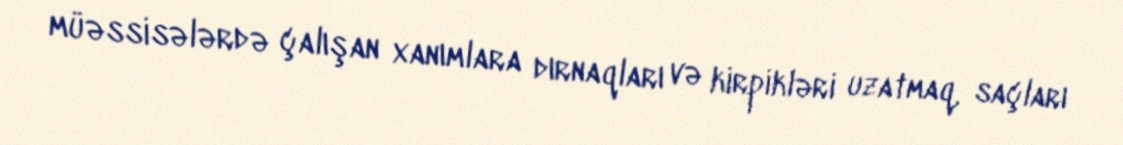
müəssisələrdə çalışan xanımlara dırnaqları və kirpikləri uzatmaq, saçları